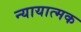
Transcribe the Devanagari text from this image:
न्यायात्मक